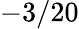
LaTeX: -3/20